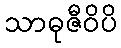
သာဓုဇီဝိပိ